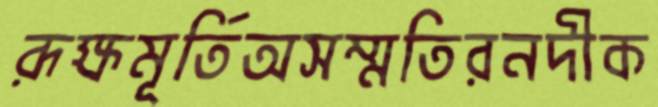
রূক্ষমূর্তিঅসম্মতিরনদীক